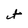
Character: t